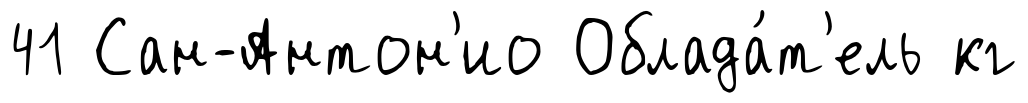
41 Сан-Антон'ио Облада́т'ель кг